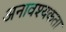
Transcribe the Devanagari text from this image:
अनावश्यकता